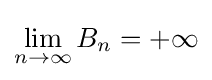
\lim _{n\to \infty }B_{n}=+\infty